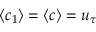
\left< c _ { 1 } \right> = \left< c \right> = u _ { \tau }